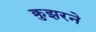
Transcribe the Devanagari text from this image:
क्रुझरने